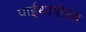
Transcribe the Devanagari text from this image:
पाईथागोरस